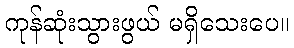
ကုန်ဆုံးသွားဖွယ် မရှိသေးပေ။